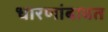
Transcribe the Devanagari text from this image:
धारणांबाबत